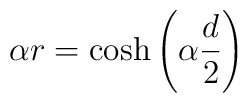
\alpha r=\cosh\left(\alpha\frac{d}{2}\right)